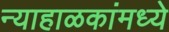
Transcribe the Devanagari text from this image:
न्याहाळकांमध्ये